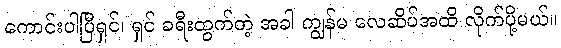
ကောင်းပါပြီရှင်၊ ရှင် ခရီးထွက်တဲ့ အခါ ကျွန်မ လေဆိပ်အထိ လိုက်ပို့မယ်။